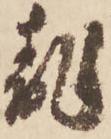
乱